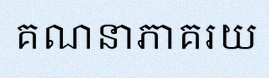
គណនាភាគរយ